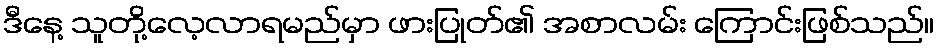
ဒီနေ့ သူတို့လေ့လာရမည်မှာ ဖားပြုတ်၏ အစာလမ်း ကြောင်းဖြစ်သည်။